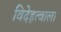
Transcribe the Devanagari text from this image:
विदेहत्वाला